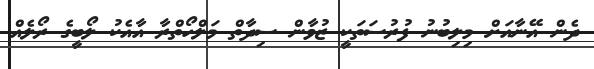
ދެން އޭނާއަށް މިލިބުނު ފުރުސަތަކީ ޒުވާން ސިދާތް މަލްހޯތްރާ އާއެކު ލޯބީގެ ރޯލެއް